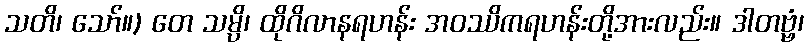
သတိ၊ သော်။) တေ သမ္ပိ၊ ထိုဂိလာနရဟန်း အဝဿိကရဟန်းတို့အားလည်း။ ဒါတဗ္ဗံ၊